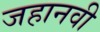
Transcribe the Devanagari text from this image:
जहानवी